NAE_ERA_R-30_Eesti_Riiklik_Spordiamet, lk 205
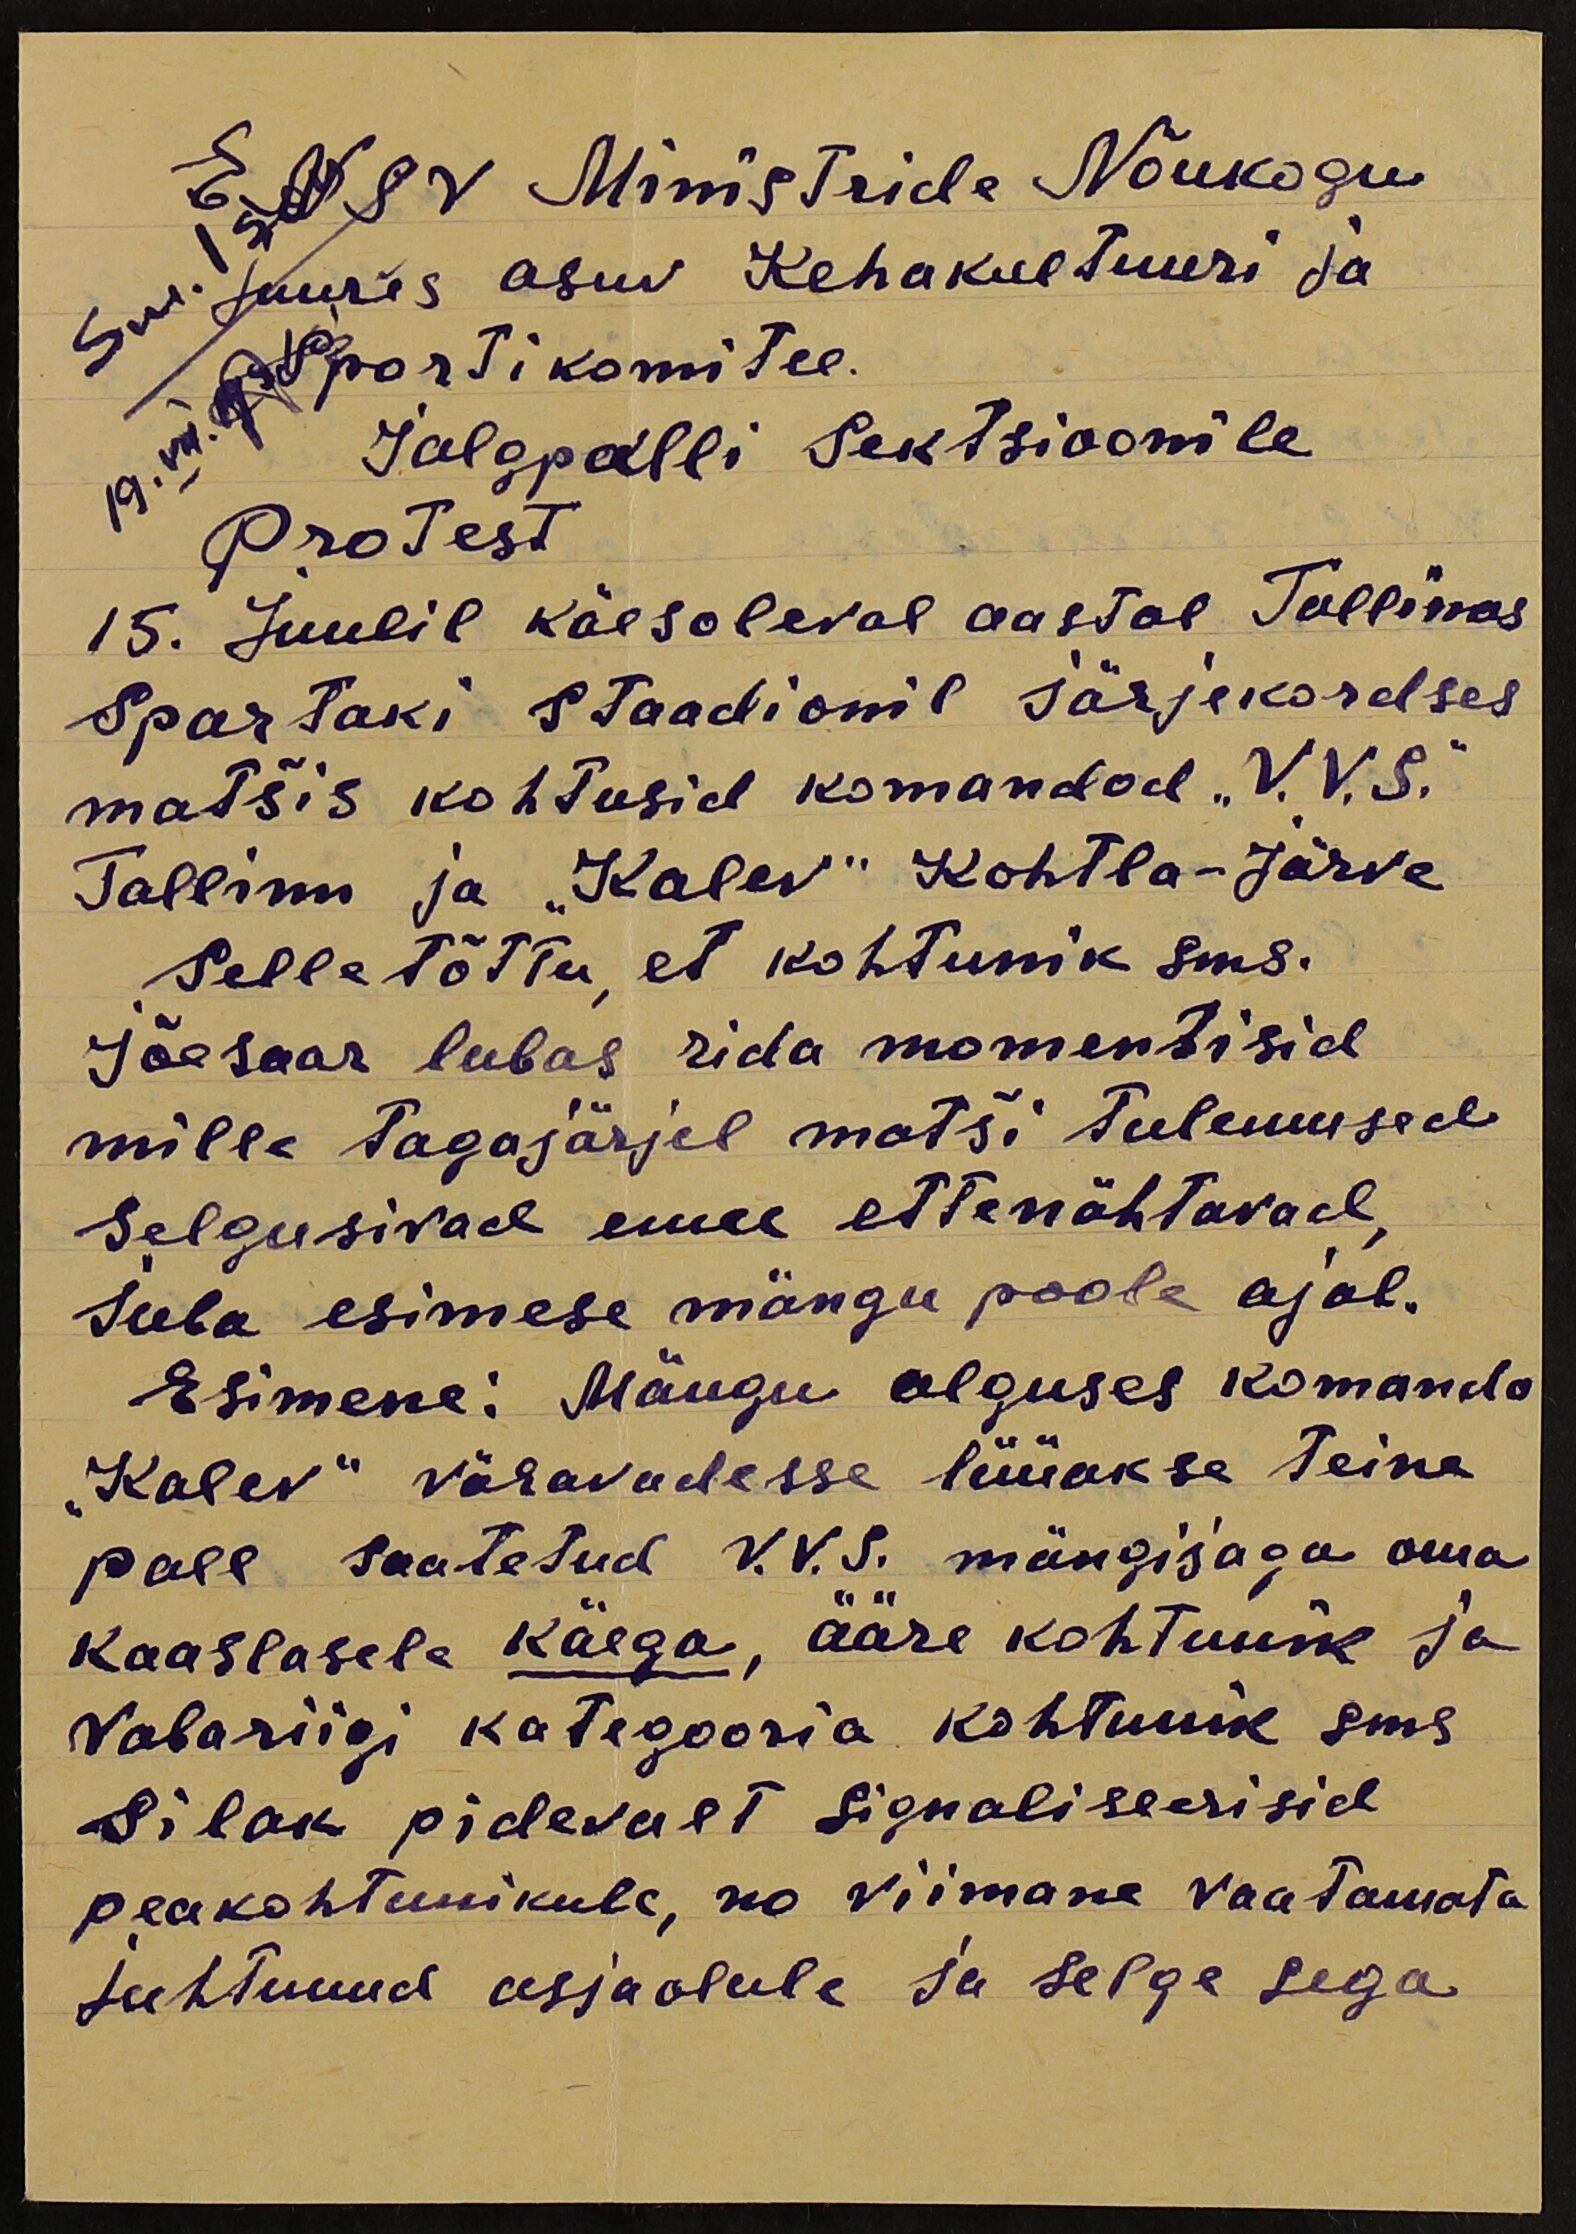
ENSV Ministride Nõukogu
juures asuv Kehakultuuri ja
sm Isok
Spordikomitee.
Jalgpalli Sektsioonile
Protest
15. juulil käesoleval aastal Tallinas
Spartaki staadionil järjekordses
matšis kohtusid komandod "V.V.S."
Tallinn ja "Kalev" Kohtla-Järve
Selle tõttu, et kohtunik sms.
jõesaar lubas rida momentisid
mille tagajärjel matši tulemused
selgusivad enne ettenähtavad,
juba esimese mängu poole ajal.
Esimene: Mängu alguses komando
"Kalev" väravadesse lüüakse teine
pall saatetud V.V.S. mängijaga oma
kaaslasele käega, ääre kohtunik ja
vabariigi kategooria kohtunik sms
Silak pidevalt signaliseerisid
peakohtunikule, no viimane vaatamata
juhtunud asjaolule ja selge sega